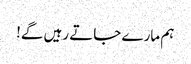
ہم مارے جاتے رہیں گے!